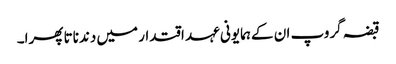
قبضہ گروپ ان کے ہمایونی عہد اقتدار میں دندناتا پھرا۔